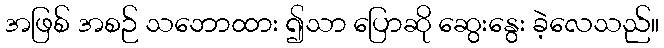
အဖြစ် အစဉ် သဘောထား ၍သာ ပြောဆို ဆွေးနွေး ခဲ့လေသည်။